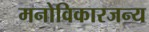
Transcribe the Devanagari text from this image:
मनोविकारजन्य